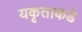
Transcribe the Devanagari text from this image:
यकृताकडे